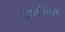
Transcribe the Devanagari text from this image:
देववंशियों